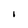
Character: I